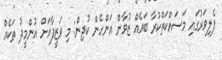
ފެލިވަރުގައި މަސައްކަތްކުރާ ބައެއް ޒުވާން އަންހެން ކުދިން: މި ވަޒީފާއަށް އުންމީދު ތަކެއް